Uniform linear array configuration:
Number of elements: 16
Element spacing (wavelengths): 0.25
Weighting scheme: uniform
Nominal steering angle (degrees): -30
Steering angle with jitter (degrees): -29.594
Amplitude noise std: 0.05
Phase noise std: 0.05

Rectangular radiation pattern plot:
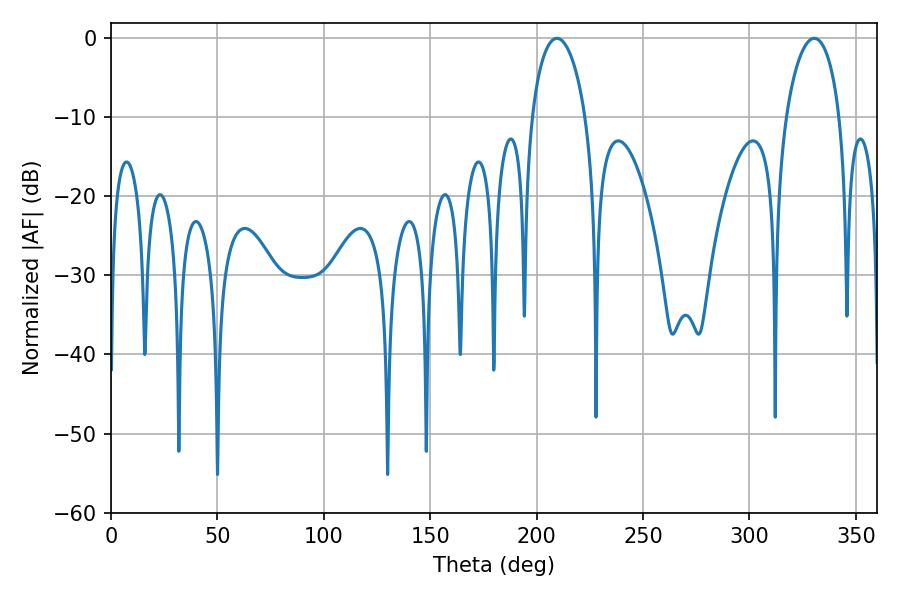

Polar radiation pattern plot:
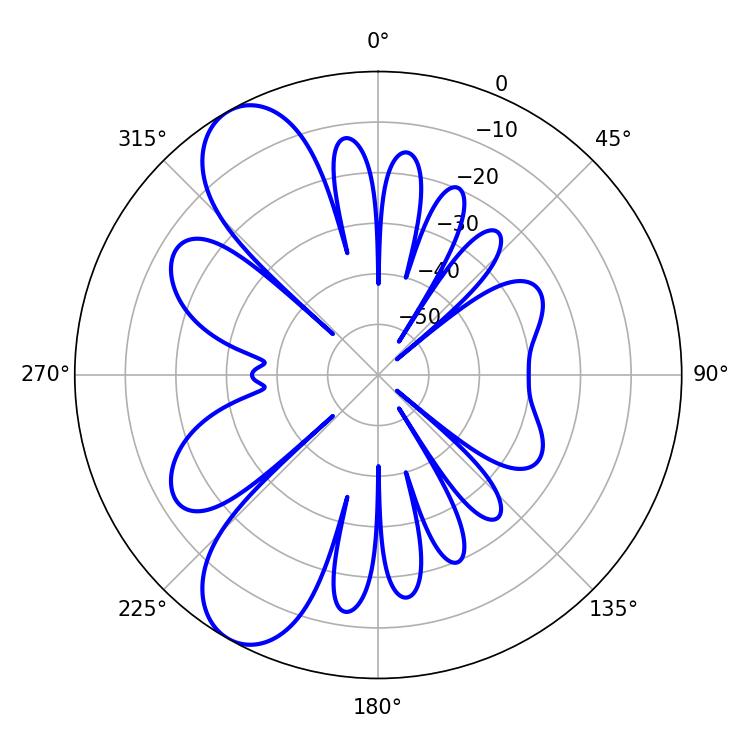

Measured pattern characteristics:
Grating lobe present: FALSE
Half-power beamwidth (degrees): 14.58
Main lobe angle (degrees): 209.52